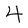
Character: 4